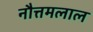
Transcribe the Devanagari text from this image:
नौत्तमलाल